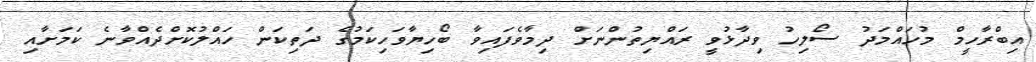
އިބްރާހީމް މުހައްމަދު ސޯލިހު ވިދާޅުވީ ރައްޔިތުންނަށް ދިމާވެފައިވާ ބޯހިޔާވަހިކަމުގެ ދަތިކަން ހައްލުކޮށްދެއްވާނެ ކަމަށާއި